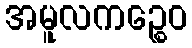
အမူလကဉ္စေဝ